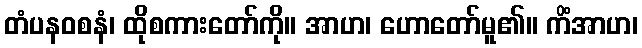
တံပနဝစနံ၊ ထိုစကားတော်ကို။ အာဟ၊ ဟောတော်မူ၏။ ကိံအာဟ၊